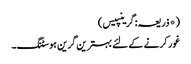
(*ذریعہ: گرینپیس)
غور کرنے کے لئے بہترین گرین ہوسٹنگ۔